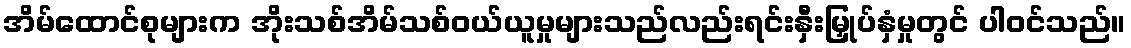
အိမ်ထောင်စုများက အိုးသစ်အိမ်သစ်ဝယ်ယူမှုများသည်လည်းရင်းနှီးမြှုပ်နှံမှုတွင် ပါဝင်သည်။